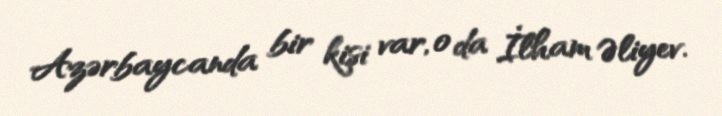
Azərbaycanda bir kişi var, o da İlham Əliyev.